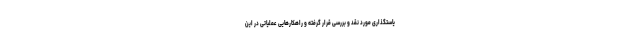
یاستگذاری مورد نقد و بررسی قرار گرفته و راهکارهایی عملیاتی در این